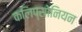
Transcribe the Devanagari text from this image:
कलिप्सोनियन